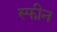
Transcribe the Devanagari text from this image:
स्फीन